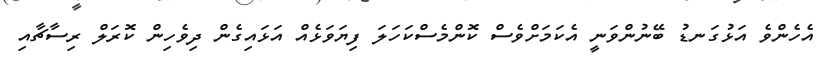
އެހެންވެ އަޅުގަނޑު ބޭނުންވަނީ އެކަމަށްވެސް ކޮންމެސްކަހަލަ ފިޔަވަޅެއް އަޅައިގެން ދިވެހިން ކޮރަލް ރިސާޗާއި